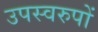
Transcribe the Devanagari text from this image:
उपस्वरुपों